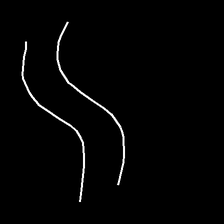
Glyph: float